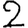
Digit: 2